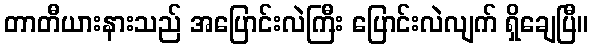
တာတီယားနားသည် အပြောင်းလဲကြီး ပြောင်းလဲလျက် ရှိချေပြီ။